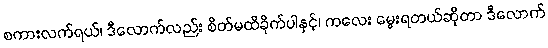
စကားလက်ရယ်၊ ဒီလောက်လည်း စိတ်မထိခိုက်ပါနှင့်၊ ကလေး မွေးရတယ်ဆိုတာ ဒီလောက်